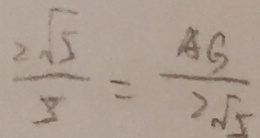
\frac { 2 \sqrt { 5 } } { 3 } = \frac { A G } { 2 \sqrt { 5 } }